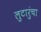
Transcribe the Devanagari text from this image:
लुटारुंचा